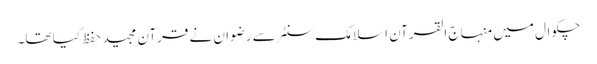
چکوال میں منہاج القرآن اسلامک سنٹر سے رضوان نے قرآن مجید حفظ کیا تھا۔